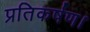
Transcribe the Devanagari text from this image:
प्रतिकर्षण।